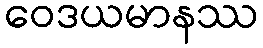
ဝေဒယမာနဿ